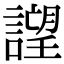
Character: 𧫢